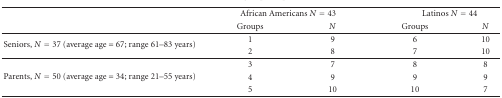
|  | <COLSPAN=2> African Americans N = 43 | <COLSPAN=2> Latinos N = 44 |
 |  | Groups | N | Groups | N |
 | --- | --- | --- | --- | --- |
 | <ROWSPAN=2> Seniors, N = 37 (average age = 67; range 61–83 years) | 1 | 9 | 6 | 10 |
 | 2 | 8 | 7 | 10 |
 | <ROWSPAN=3> Parents, N = 50 (average age = 34; range 21–55 years) | 3 | 7 | 8 | 8 |
 | 4 | 9 | 9 | 9 |
 | 5 | 10 | 10 | 7 |